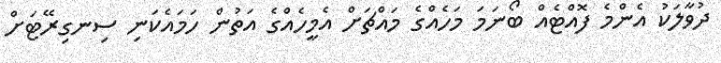
ދުވާލަކު އެންމެ ފޮއްޓެއް ބޯނަމަ މަހެއްގެ މައްޗަށް އެމީހެއްގެ އަތުން ހަމައެކަނި ސިނގިރޭޓަށް